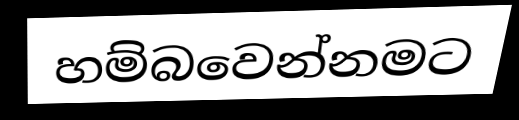
හම්බවෙන්නමට